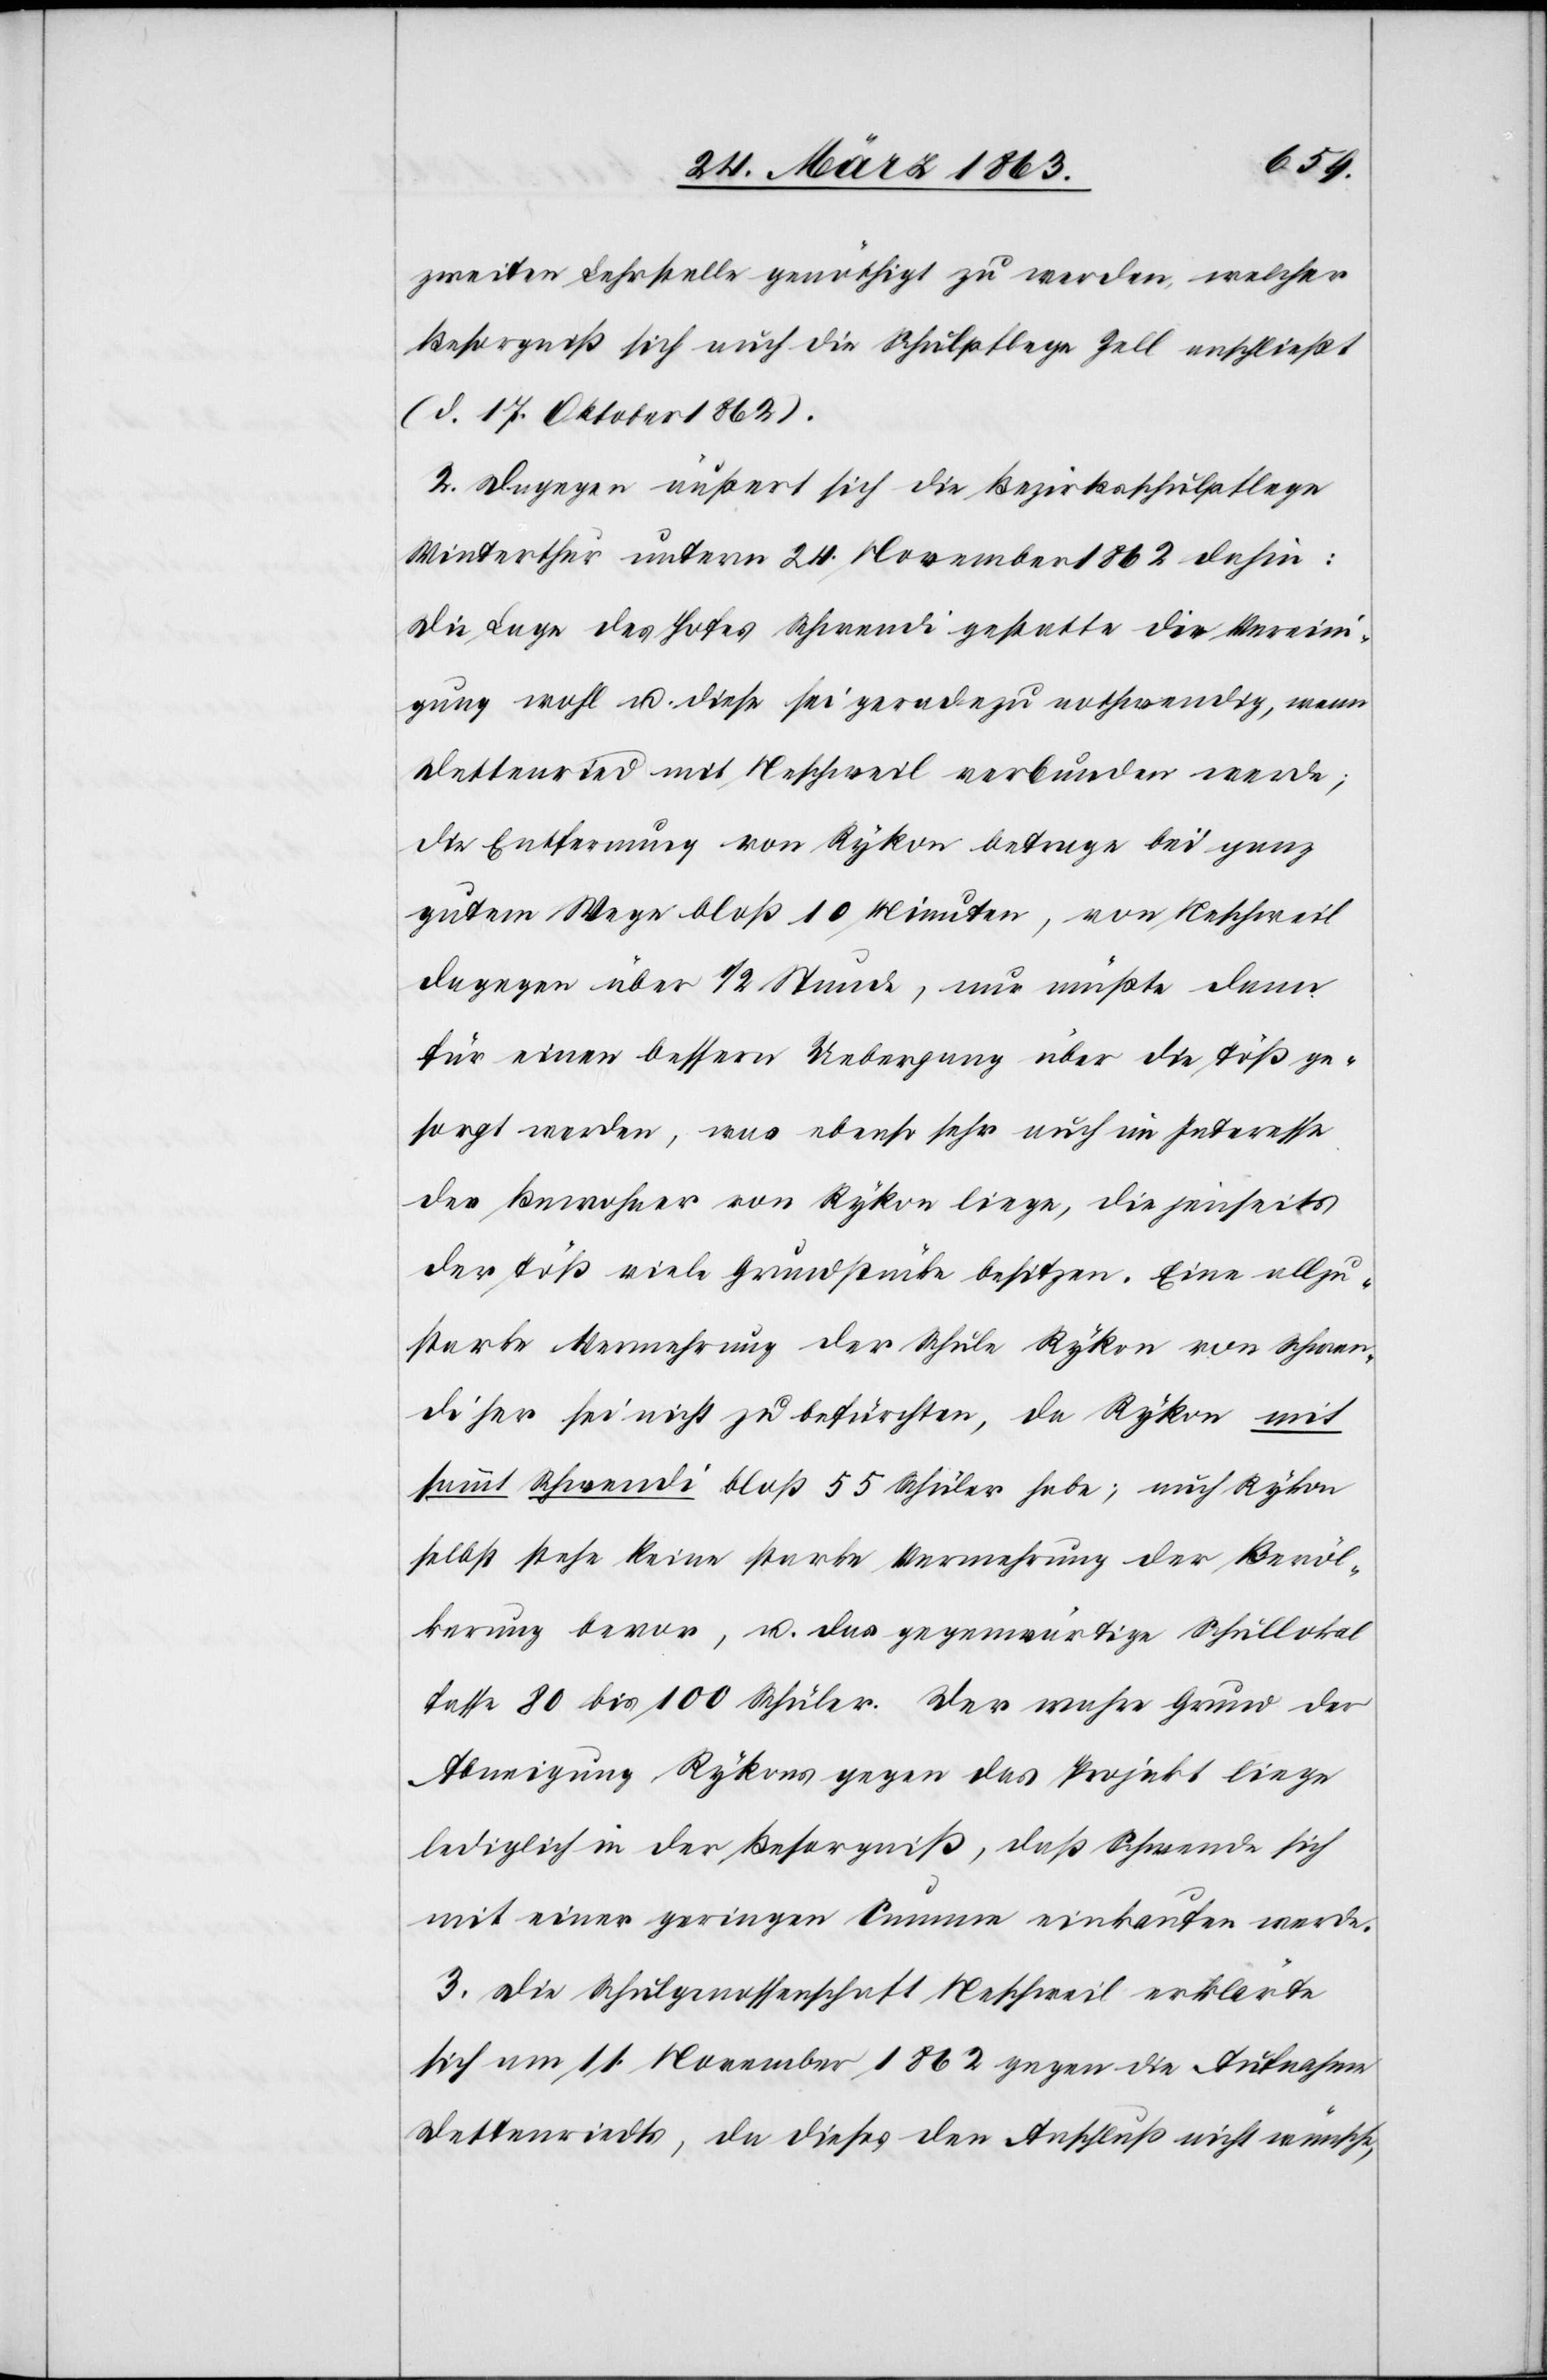
zweiten Lehrstelle genöthigt zu werden, welcher
Besorgniß sich auch die Schulpflege Zell anschließt
(d. 17. Oktober 1862).
2. Dagegen äußert sich die Bezirksschulpflege
Winterthur unterm 24. November 1862 dahin:
Die Lage des Hofes Schwendi gestatte die Verein¬
igung wohl u. diese sei geradezu nothwendig, wenn
Dettenried mit Neschweil verbunden werde;
die Entfernung von Rykon betrage bei ganz
gutem Wege bloß 10 Minuten, von Neschweil
dagegen über 1/2 Stunde, nur müßte dann
für einen bessern Uebergang über die Töß ge¬
sorgt werden, was ebenso sehr auch im Interesse
der Bewohner von Rykon liege, die jenseits
der Töß viele Grundstücke besitzen. Eine allzu¬
starke Vermehrung der Schule Rykon von Schwen¬
di her sei nicht zu befürchten, da Rykon mit
sammt Schwendi bloß 55 Schüler habe; auch Rykon
selbst stehe keine starke Vermehrung der Bevöl¬
kerung bevor, u. das gegenwärtige Schullokal
fasse 80 bis 100 Schüler. Der wahre Grund der
Abneigung Rykons gegen das Projekt liege
lediglich in der Besorgniß, daß Schwende [sic!]
mit einer geringen Summe einkaufen werde.
3. Die Schulgenossenschaft Neschweil erklärte
sich am 11. November 1862 gegen die Aufnahme
Dettenriedts, da dieses den Anschluß nicht wünsche,